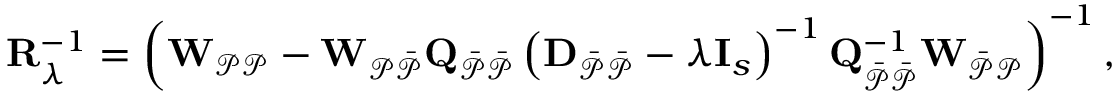
\mathbf { R } _ { \lambda } ^ { - 1 } = \left( \mathbf { W } _ { \mathcal { P P } } - \mathbf { W } _ { \mathcal { P \Bar { P } } } \mathbf { Q } _ { \mathcal { \Bar { P } \Bar { P } } } \left( \mathbf { D } _ { \mathcal { \Bar { P } \Bar { P } } } - \lambda \mathbf { I } _ { s } \right) ^ { - 1 } \mathbf { Q } _ { \mathcal { \Bar { P } \Bar { P } } } ^ { - 1 } \mathbf { W } _ { \mathcal { \Bar { P } P } } \right) ^ { - 1 } ,